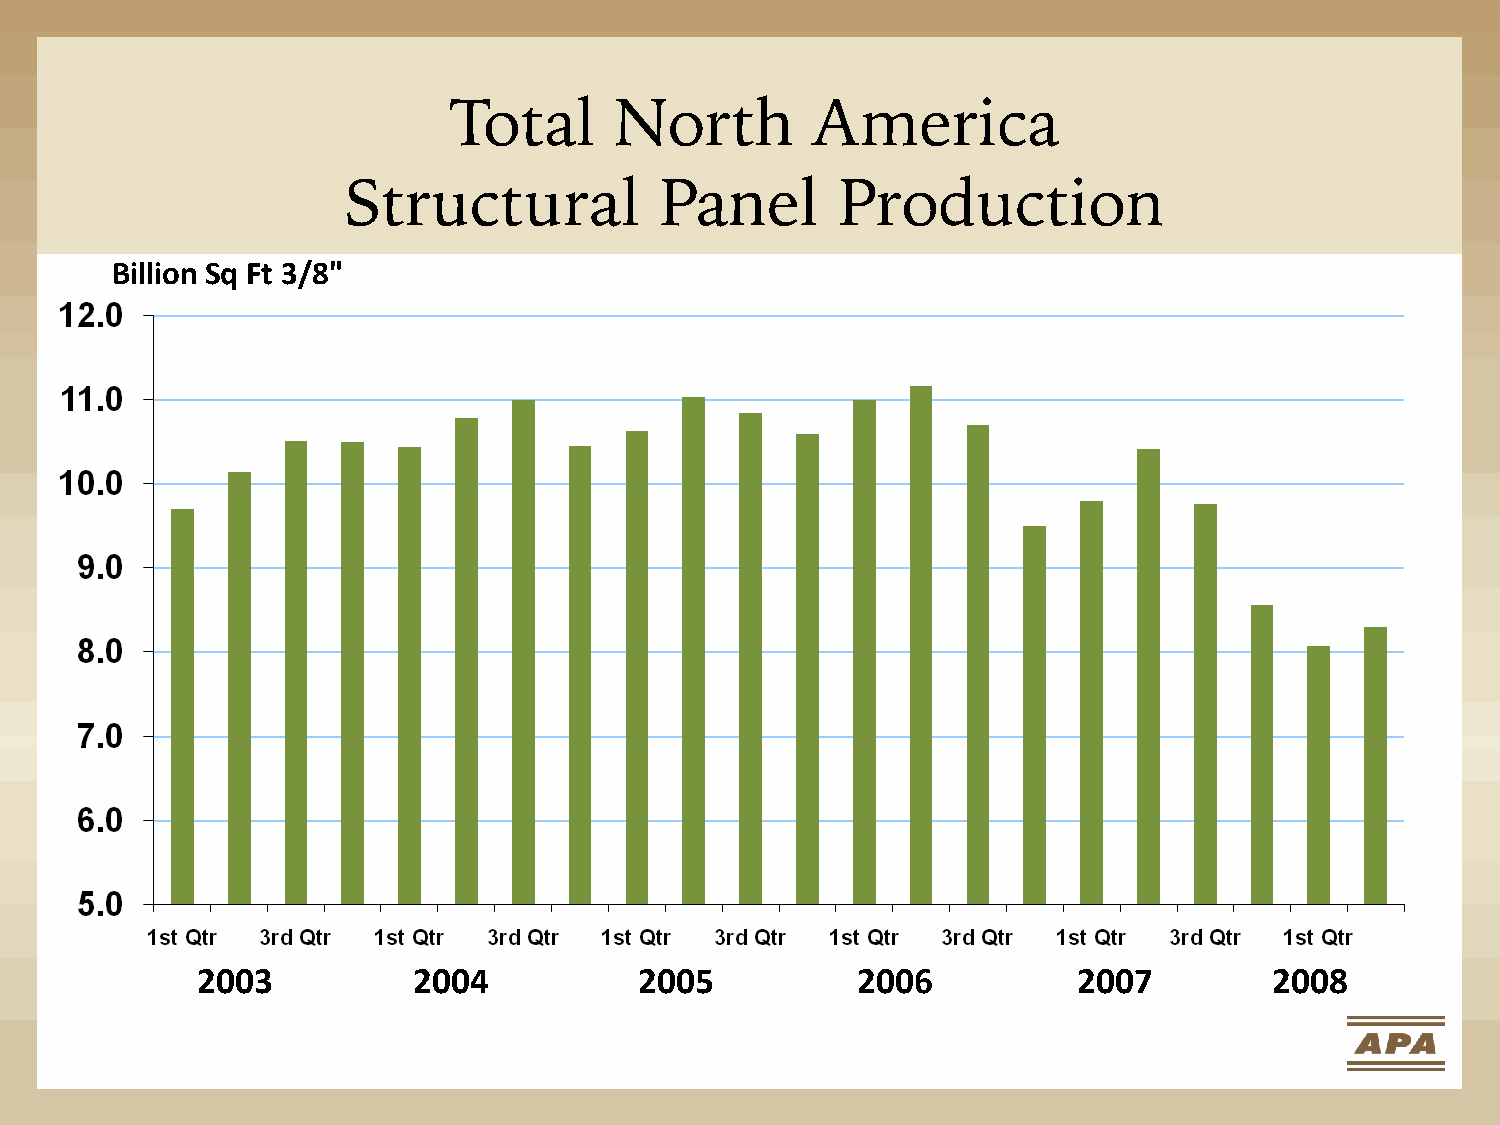
Total      North        America
 Structural           Panel      Production
 Billion Sq Ft 3/8"
 2003          2004           2005           2006          2007         2008